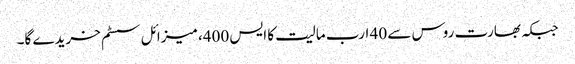
جبکہ بھارت روس سے 40 ارب مالیت کا ایس 400، میزائل سسٹم خریدے گا۔